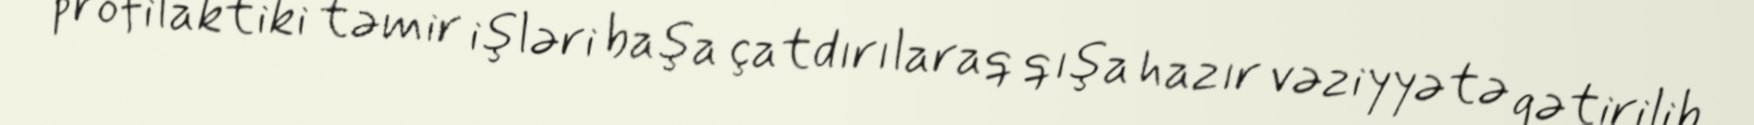
profilaktiki təmir işləri başa çatdırılaraq qışa hazır vəziyyətə gətirilib.